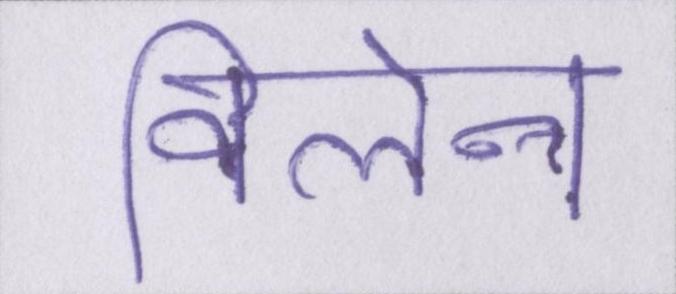
विलेन